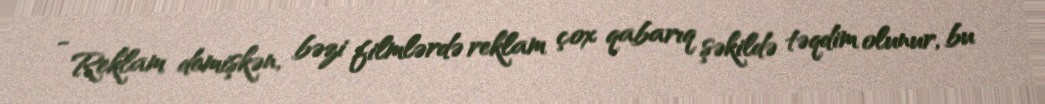
- Reklam demişkən, bəzi filmlərdə reklam çox qabarıq şəkildə təqdim olunur, bu